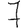
Digit: 7